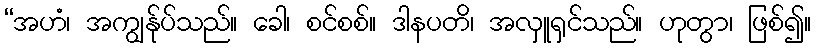
“အဟံ၊ အကျွန်ုပ်သည်။ ခေါ၊ စင်စစ်။ ဒါနပတိ၊ အလှူရှင်သည်။ ဟုတွာ၊ ဖြစ်၍။